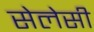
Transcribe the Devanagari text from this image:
सेलेसी